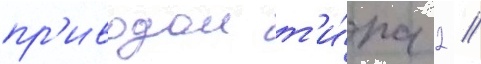
пр'иводом т'и́па 2 //